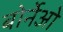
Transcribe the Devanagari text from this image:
बोर्नेओ